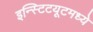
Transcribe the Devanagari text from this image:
इन्स्टिटयूटमध्ये